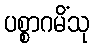
ပစ္စာဂမိံသု